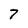
Character: 7